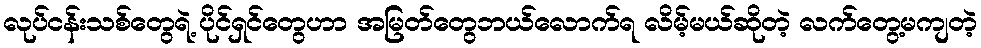
လုပ်ငန်းသစ်တွေရဲ့ ပိုင်ရှင်တွေဟာ အမြတ်တွေဘယ်လောက်ရ လိမ့်မယ်ဆိုတဲ့ လက်တွေ့မကျတဲ့